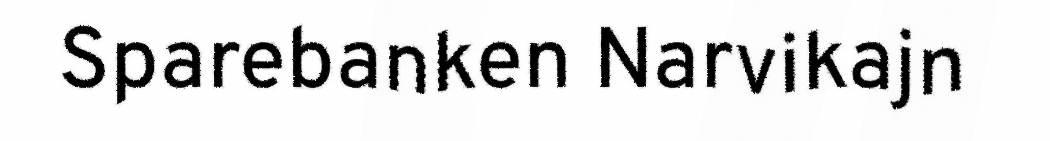
Sparebanken Narvikajn